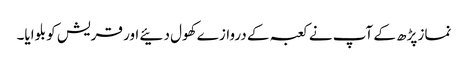
نماز پڑھ کے آپ نے کعبہ کے دروازے کھول دئیے اور قریش کو بلوایا۔